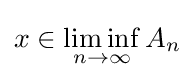
x\in \liminf _{n\to \infty }A_{n}